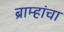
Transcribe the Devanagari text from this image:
ब्राम्हांचा